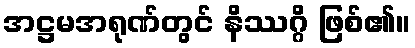
အဋ္ဌမအရုဏ်တွင် နိဿဂ္ဂိ ဖြစ်၏။